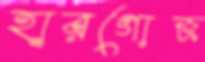
হারগোজ